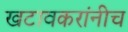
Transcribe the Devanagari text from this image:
खटावकरांनीच